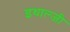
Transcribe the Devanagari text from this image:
इथाल्जी